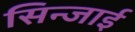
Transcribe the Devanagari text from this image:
सिन्जाई